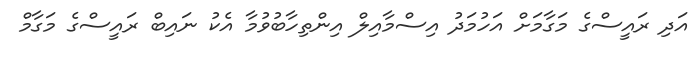
އަދި ރައީސްގެ މަގާމަށް އަހުމަދު އިސްމާއިލް އިންތިހާބުވުމާ އެކު ނައިބް ރައީސްގެ މަގާމް